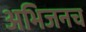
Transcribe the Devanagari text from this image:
अभिजनच